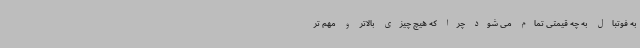
به فوتبال به چه قیمتی تمام می شود چرا که هیچ چیزی بالاتر و مهم تر